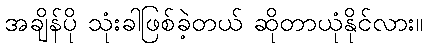
အချိန်ပို သုံးခါဖြစ်ခဲ့တယ် ဆိုတာယုံနိုင်လား။